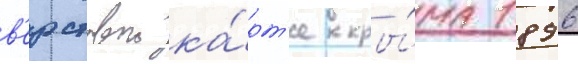
в'ерстовои ка́рт'е кры́ма 1896